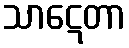
သာဋေတာ